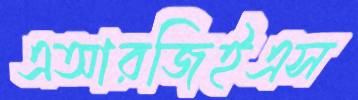
এআরজিইএস